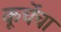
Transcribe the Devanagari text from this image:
कूर्चेचा